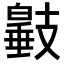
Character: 𢻩